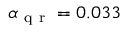
\alpha _ { \mathrm { ~ q ~ r ~ } } = 0 . 0 3 3